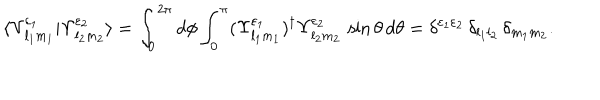
\langle \Upsilon _ { l _ { 1 } m _ { 1 } } ^ { \varepsilon _ { 1 } } | \Upsilon _ { l _ { 2 } m _ { 2 } } ^ { \varepsilon _ { 2 } } \rangle = \int _ { 0 } ^ { 2 \pi } d \phi \int _ { 0 } ^ { \pi } ( \Upsilon _ { l _ { 1 } m _ { 1 } } ^ { \varepsilon _ { 1 } } ) ^ { \dagger } \Upsilon _ { l _ { 2 } m _ { 2 } } ^ { \varepsilon _ { 2 } } \, \sin \theta \, d \theta = \delta ^ { \varepsilon _ { 1 } \varepsilon _ { 2 } } \, \delta _ { l _ { 1 } l _ { 2 } } \, \delta _ { m _ { 1 } m _ { 2 } } .